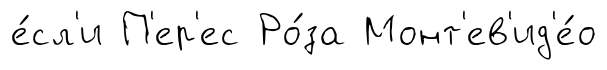
е́сл'и П'ер'ес Ро́за Монт'ев'ид'е́о